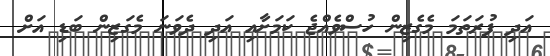
އަދި ފުރަތަމަ މެގެޒިން ހުސްވެއްޖެ ކަމަށާއި އަދި ދެވަނަ މެގަޒިން ބަޑި އަށް